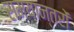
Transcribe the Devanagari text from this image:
समयान्तरों